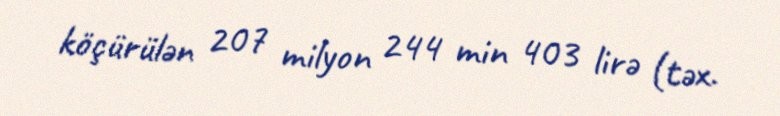
köçürülən 207 milyon 244 min 403 lirə (təx.